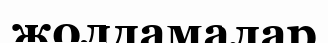
жолдамалар